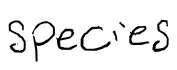
Text: species
Cross-out: clean
Writing tool: digital_black